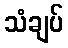
သံချပ်